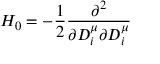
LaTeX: H _ { 0 } = - \frac { 1 } { 2 } \frac { \partial ^ { 2 } } { \partial D _ { i } ^ { \mu } \partial D _ { i } ^ { \mu } }